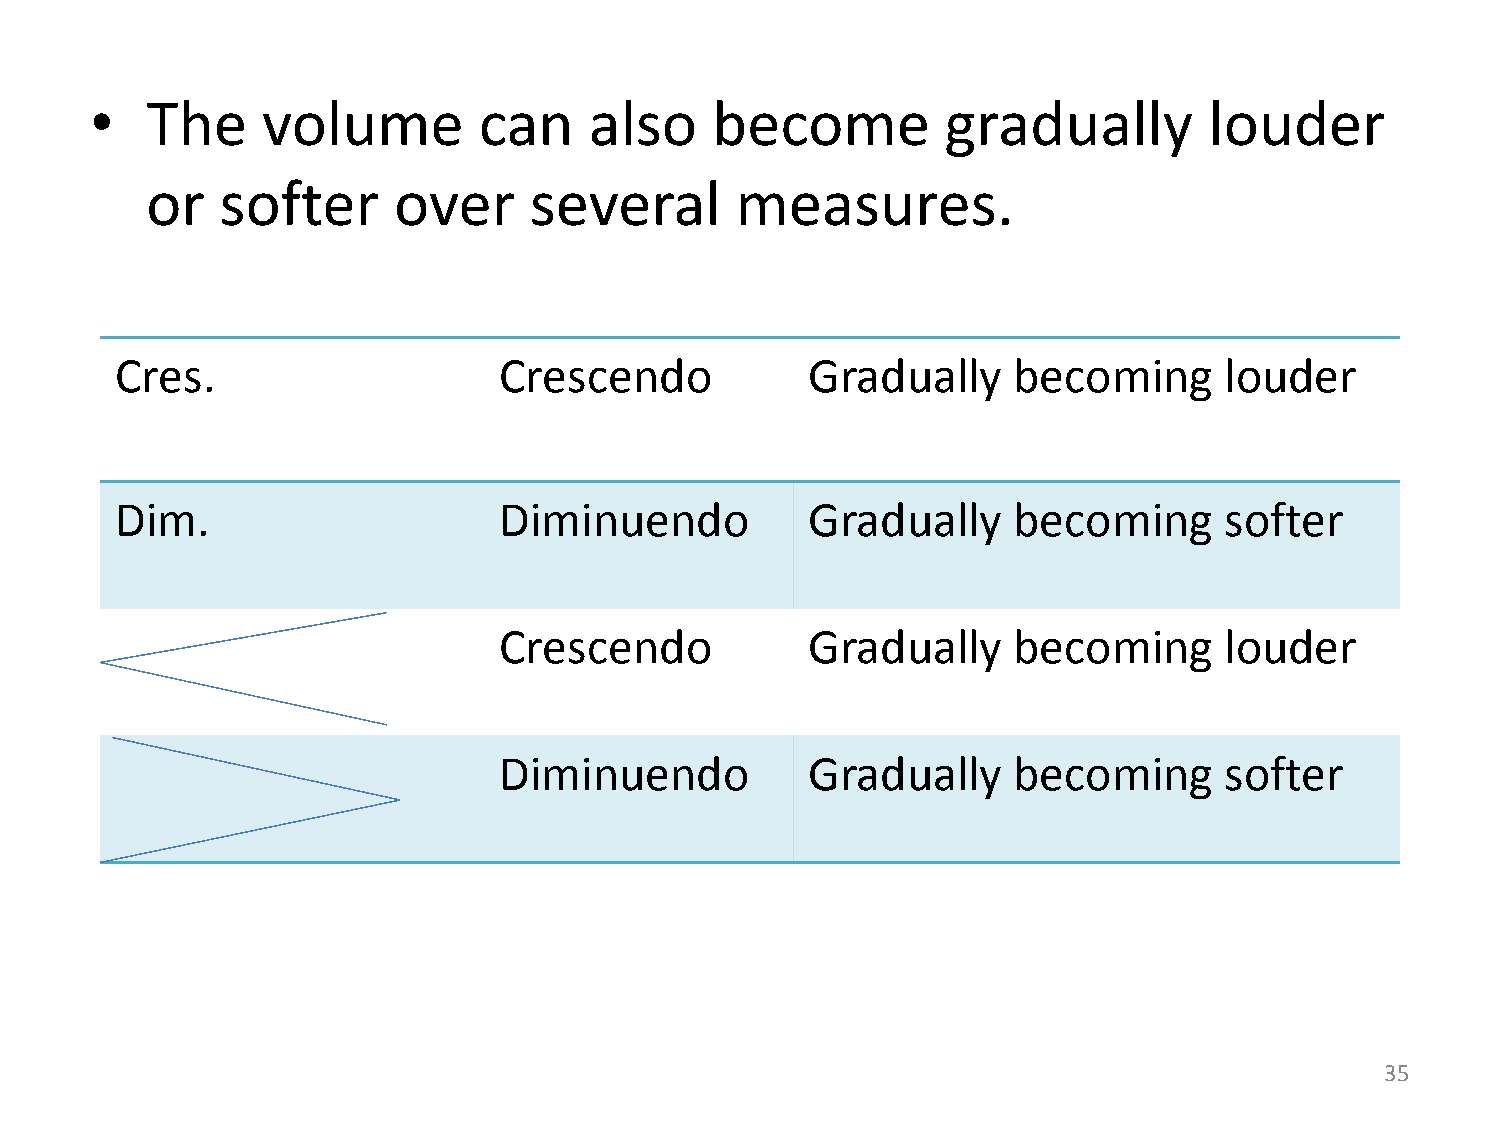
•   The    volume         can    also    become          gradually        louder
 or   softer     over     several       measures.
 Cres.                    Crescendo            Gradually    becoming      louder
 Dim.                     Diminuendo           Gradually    becoming      softer
 Crescendo            Gradually    becoming      louder
 Diminuendo           Gradually    becoming      softer
 35